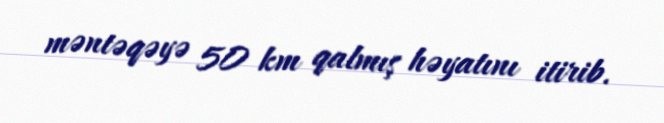
məntəqəyə 50 km qalmış həyatını itirib.